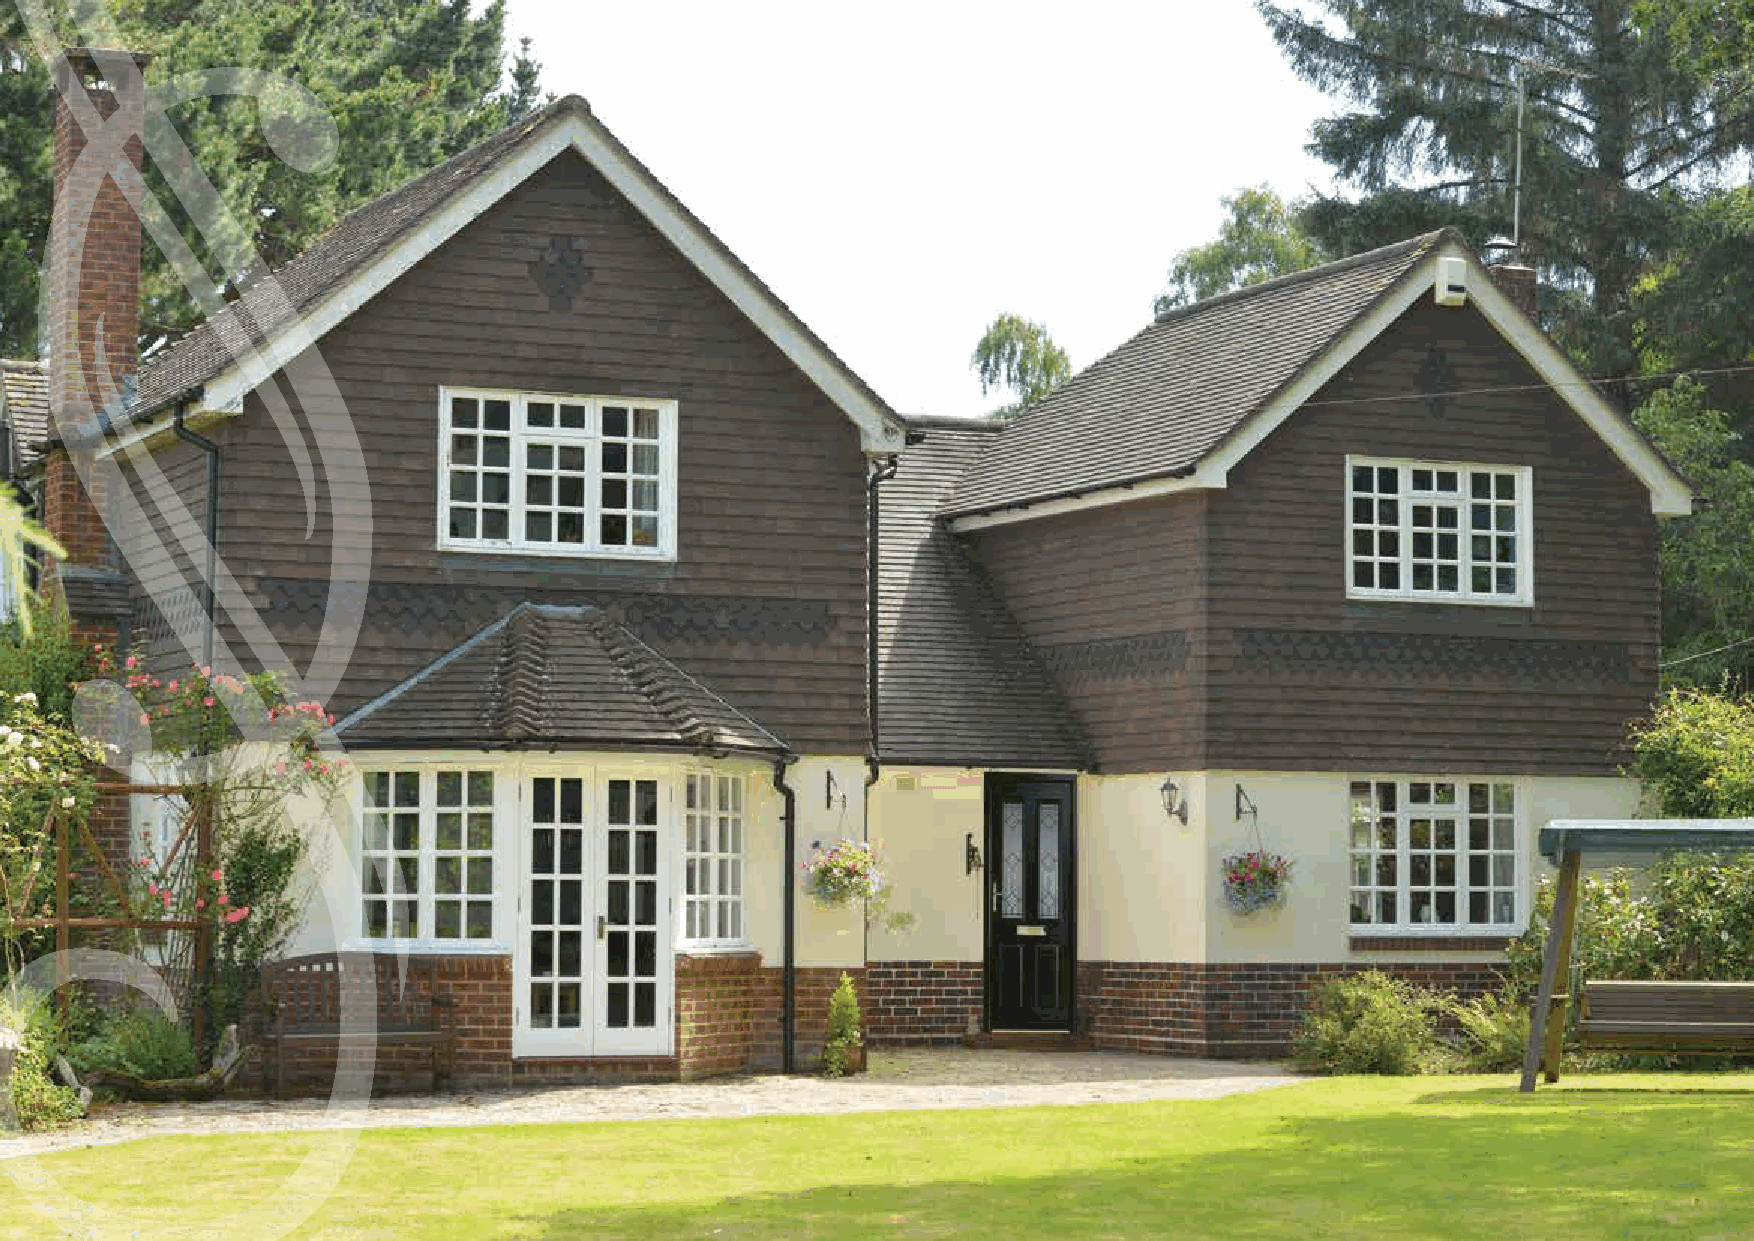
B     a     l    m     o      r     a    l